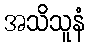
အသိသူနံ